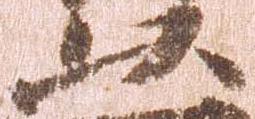
以